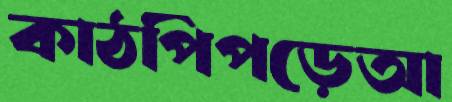
কাঠপিঁপড়েআ